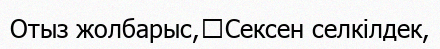
Отыз жолбарыс,	Сексен селкілдек,